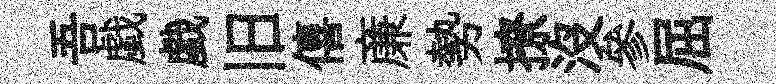
吾戯戯旧僖亷勢撩没參屈